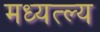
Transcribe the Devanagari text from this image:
मध्यत्ल्य